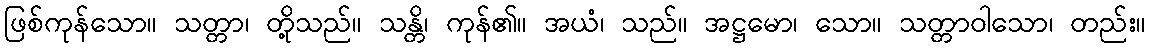
ဖြစ်ကုန်သော။ သတ္တာ၊ တို့သည်။ သန္တိ၊ ကုန်၏။ အယံ၊ သည်။ အဋ္ဌမော၊ သော။ သတ္တာဝါသော၊ တည်း။